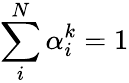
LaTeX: \sum_{i}^{N}\alpha_{i}^{k}=1